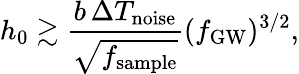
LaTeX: {h_{0}\gtrsim\frac{b\, \Delta T_{\mathrm{noise}}}{\sqrt{f_{\mathrm{sample}}}}(f_{\mathrm{GW}})^{3/2}},